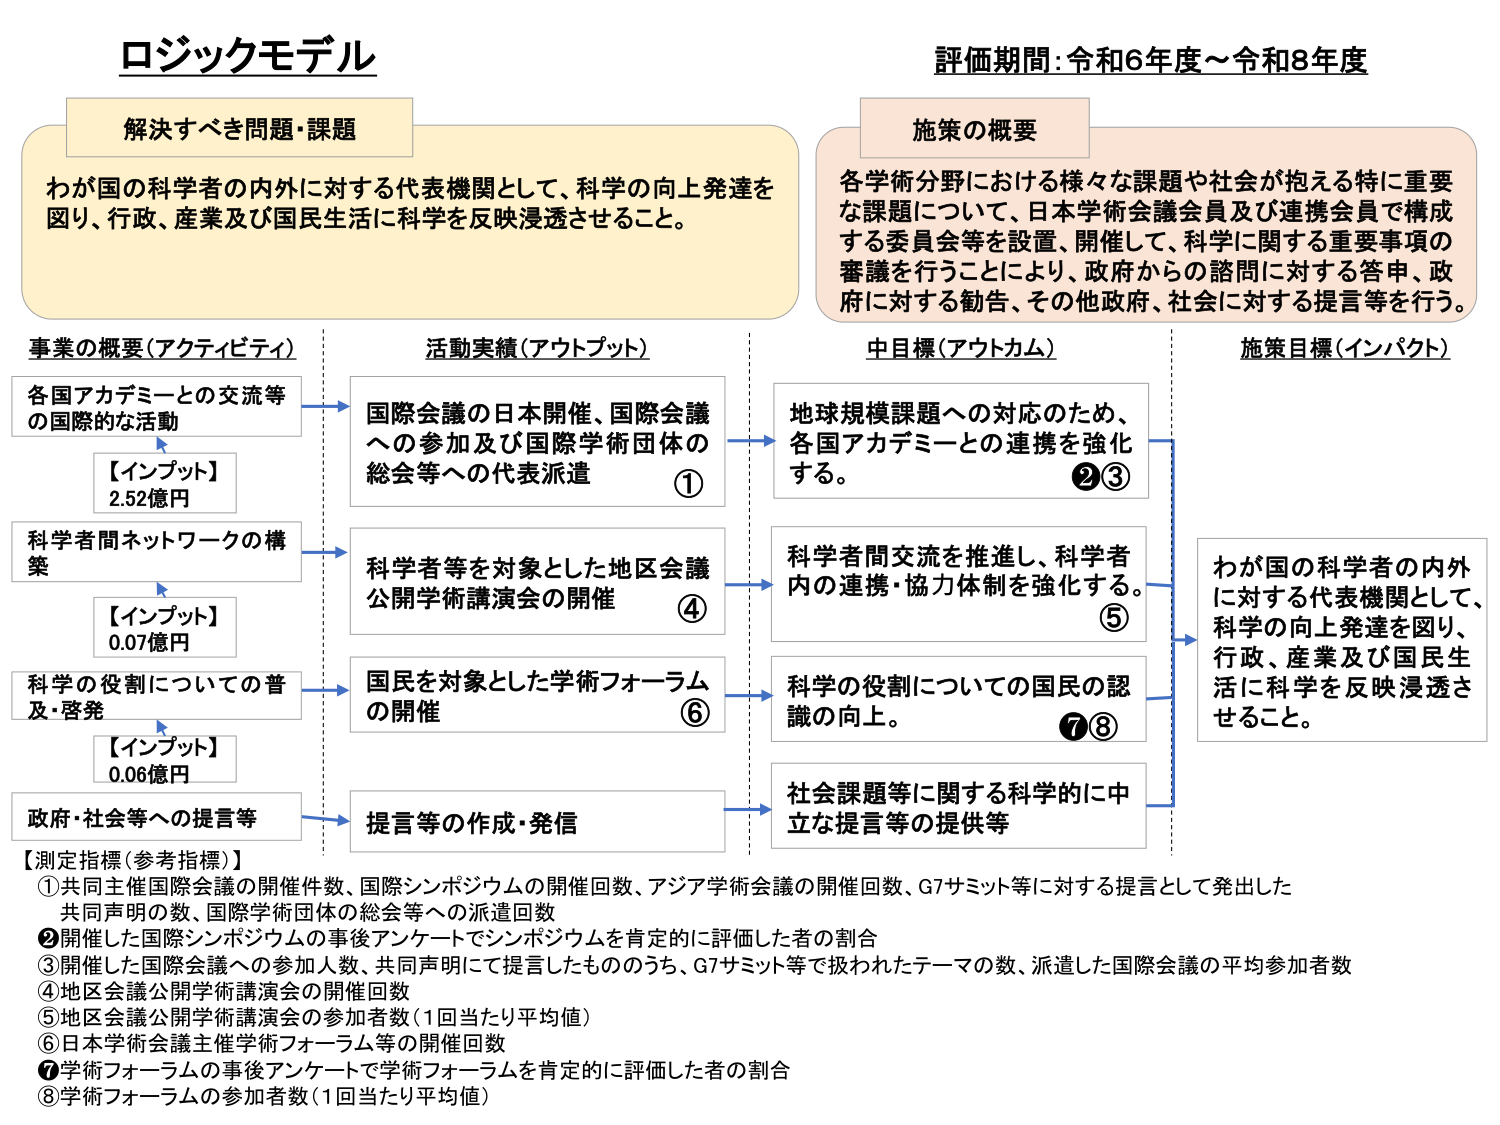
ロジックモデル

評価期間：令和6年度～令和8年度

解決すべき問題・課題
わが国の科学者の内外に対する代表機関として、科学の向上発達を図り、行政、産業及び国民生活に科学を反映浸透させること。

施策の概要
各学術分野における様々な課題や社会が抱える特に重要な課題について、日本学術会議会員及び連携会員で構成する委員会等を設置、開催して、科学に関する重要事項の審議を行うことにより、政府からの諮問に対する答申、政府に対する勧告、その他政府、社会に対する提言等を行う。

事業の概要（アクティビティ）　　　　　　　活動実績（アウトプット）　　　　　　　中目標（アウトカム）　　　　　　　施策目標（インパクト）

各国アカデミーとの交流等
の国際的な活動
【インプット】
2.52億円
→
国際会議の日本開催、国際会議
への参加及び国際学術団体の
総会等への代表派遣
①
→
地球規模課題への対応のため、
各国アカデミーとの連携を強化
する。
②③
→
わが国の科学者の内外
に対する代表機関として、
科学の向上発達を図り、
行政、産業及び国民生活に科学を反映浸透させること。

科学者間ネットワークの構築
【インプット】
0.07億円
→
科学者等を対象とした地区会議
公開学術講演会の開催
④
→
科学者間交流を推進し、科学者
内の連携・協力体制を強化する。
⑤

科学の役割についての普及・啓発
【インプット】
0.06億円
→
国民を対象とした学術フォーラム
の開催
⑥
→
科学の役割についての国民の認識の向上。
⑦⑧

政府・社会等への提言等
→
提言等の作成・発信
→
社会課題等に関する科学的に中立な提言等の提供等

【測定指標（参考指標）】
① 共同主催国際会議の開催件数、国際シンポジウムの開催回数、アジア学術会議の開催回数、G7サミット等に対する提言として発出した共同声明の数、国際学術団体の総会等への派遣回数
② 開催した国際シンポジウムの事後アンケートでシンポジウムを肯定的に評価した者の割合
③ 開催した国際会議への参加人数、共同声明にて提言したものうち、G7サミット等で扱われたテーマの数、派遣した国際会議の平均参加者数
④ 地区会議公開学術講演会の開催回数
⑤ 地区会議公開学術講演会の参加者数（1回当たり平均値）
⑥ 日本学術会議主催学術フォーラム等の開催回数
⑦ 学術フォーラムの事後アンケートで学術フォーラムを肯定的に評価した者の割合
⑧ 学術フォーラムの参加者数（1回当たり平均値）